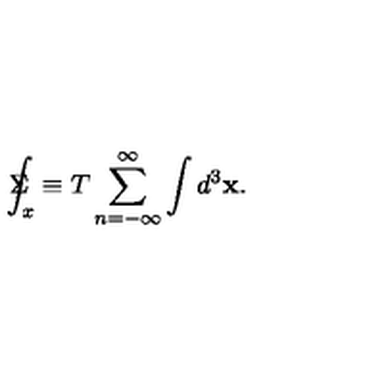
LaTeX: \Sigma \! \! \! \! \! \! \int _ { x } \equiv T \sum _ { n = - \infty } ^ { \infty } \int d ^ { 3 } \mathbf { x . }